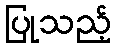
ပြုသည့်